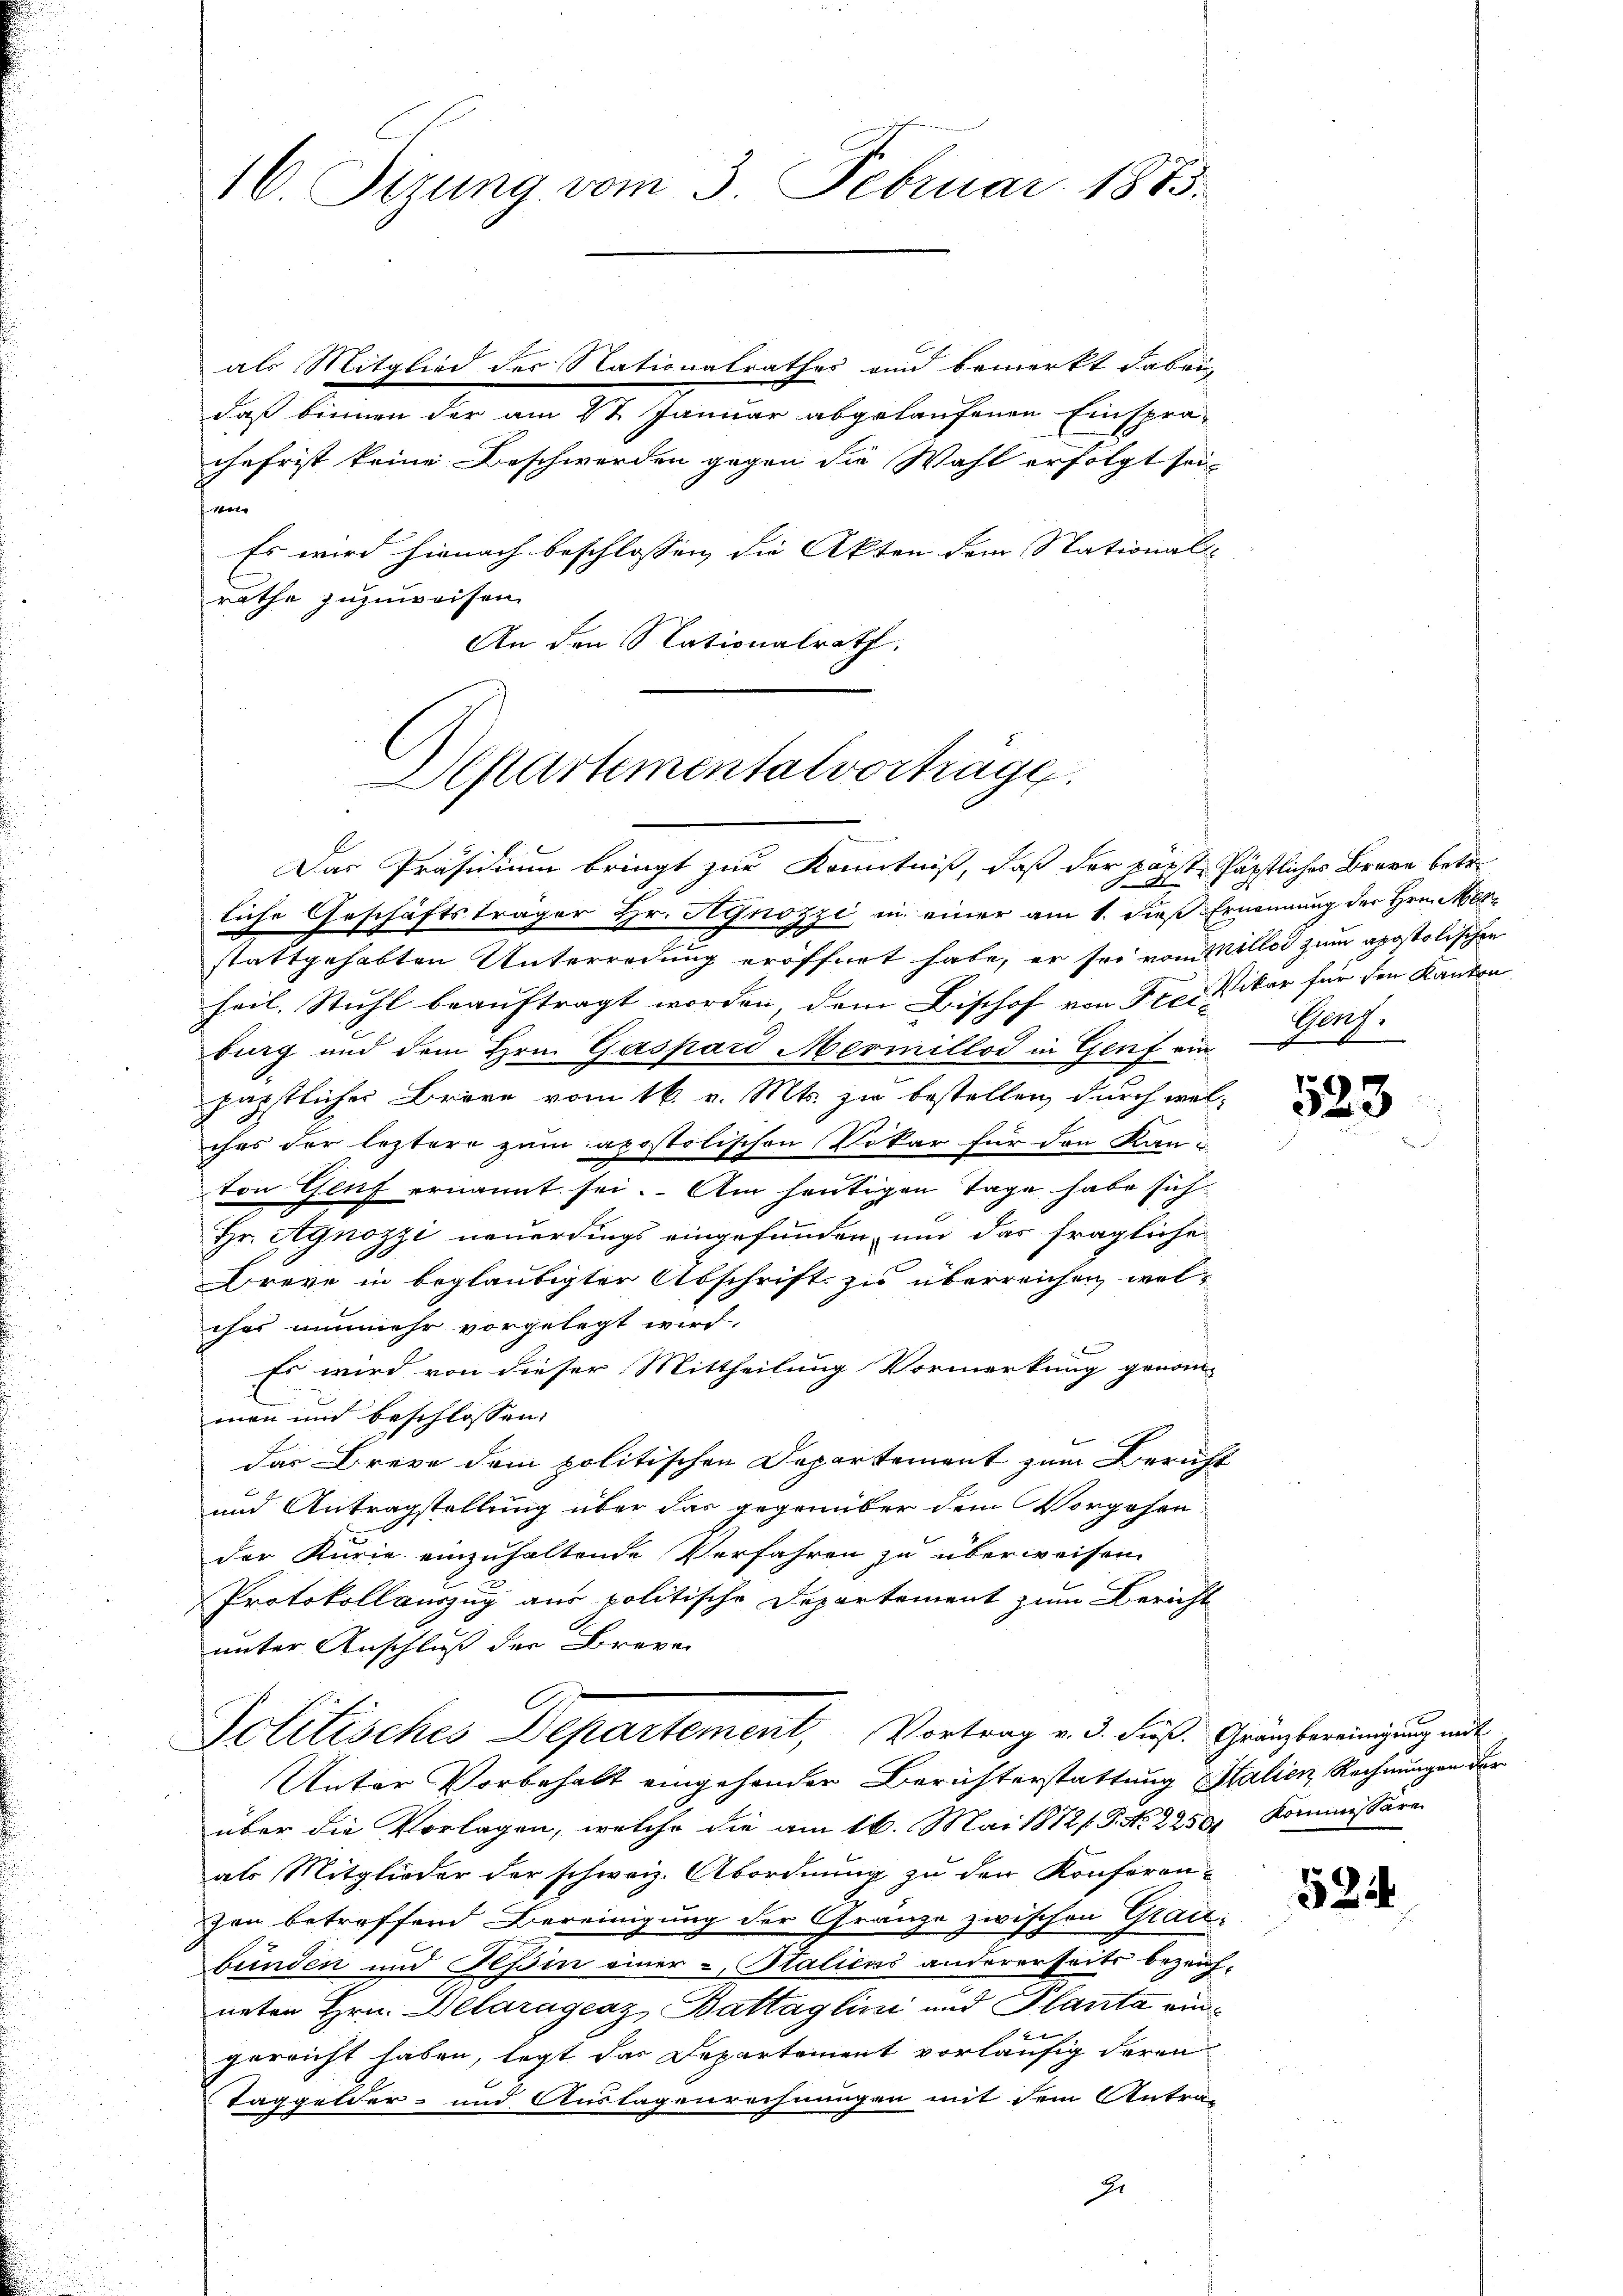
16. Sizung vom 3. Februar 1883.

als Mitglied des Nationalrathes und bemerkt dabei,
daß binnen der am 24. Januar abgelaufenen Einspra-
chefrist keine Beschwerden gegen die Wahl erfolgt sei.
t
Es wird hienach beschlossen, die Akten dem Stational-
rathe zuzuweisen.
An den Stationalrath,

Departementalvortrage.

Das Präsidium bringt zur Kenntniß, daß der vorste päpstliches Brane betr.
d
liche Geschäftsträger Hr. Agnozzi in einer am 1. dieß Ernennung der Hrn. Merstattgehabten Unterredung eröffnet habe, er sei vom Miller zum apostolischen
heil. Stuhl beauftragt worden, dem Bischof von Frei Vikar für den Kanton
burg und dem Hrn. Gaspard Mermillod in Genf ein Genf.
päpstlicher Bräre vom 16. v. Mts. zu bestellen, durch welches der leztere zum apostolischen Vikar für den Kanton Genf ernannt sei. Am heutigen Tage habe sich
Hr. Agnozzi neuerdings eingefunden, und das fragliche
Breve in beglaubigter Abschrift zu überreichen, welches nunmehr vorgelegt wird.
Es wird von dieser Mittheilung Vormerkung genom-
mann und beschlossen:
das Brevo dem politischen Departement zum Bericht
und Antragstellung über das gegenüber dem Vorgehen
der Kurie einzuhaltende Verfahren zu überweisen.
Protokollauszug aus politische Departement zum Bericht
unter Anschluß der Breven
Politisches Departement, Vortrag v. 3. Fuß. Gränzbereinigung mit
Unter Vorbehalt eingehenden Berichterstattung Stalien Rechnungen der
über die Vorlagen, welche die am 16. Mai 1872/. P. No. 22501 Kommissäre
als Mitglieder der schweiz. Abordnung zu den Konferenzen betreffend Bereinigung der Gränze zwischen Graubunden und Tessin einer - Staliens andererseits bezeich-
neten Hrn. Delaragraz, Battaglini und Planta eingerricht haben, legt das Departement vorläufig deren
Taggelder- und Auslagenrechnungen mit dem Antra-
J.

523

524